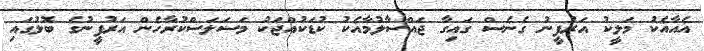
އެއާއެކު މަލީކު އަރުފީނު ގެނެސް ގައިގާ ޖައްސާލުމާއެކު ކުޑަކުއްޖަކު މަސަލަސްކުރާހެން އަރުފީނުގެ ބޮލުގައި